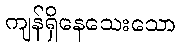
ကျန်ရှိနေသေးသော